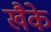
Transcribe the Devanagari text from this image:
खैके